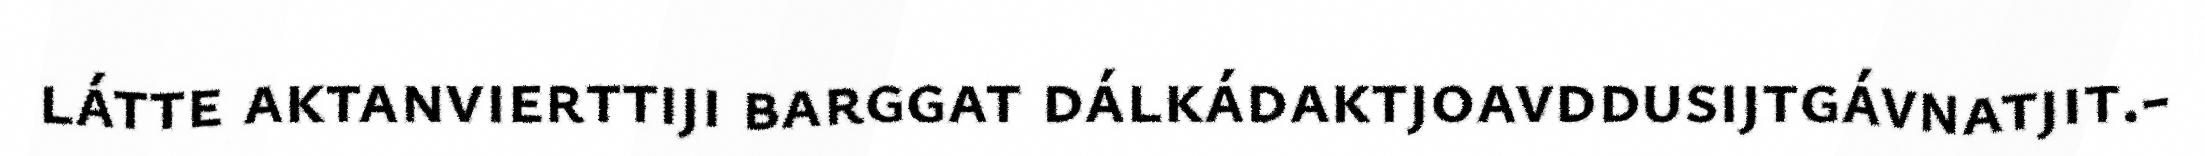
látte aktanvierttiji barggat dálkádaktjoavddusijtgávnatjit.-